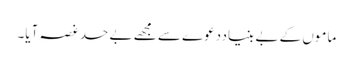
ماموں کے بے بنیاددعوے سے مجھے بے حد غصہ آیا۔